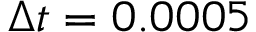
\Delta t = 0 . 0 0 0 5